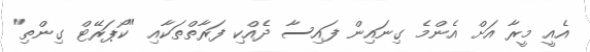
އެއީ މީރާ އަށް އެންމެ ގިނައިން ފައިސާ ދެއްކި ފަރާތްތަކާއި "ކޯޕަރޭޓް ގިންތި"